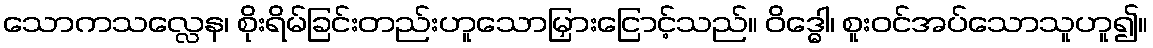
သောကသလ္လေန၊ စိုးရိမ်ခြင်းတည်းဟူသောမြှားငြောင့်သည်။ ဝိဒ္ဓေါ၊ စူးဝင်အပ်သောသူဟူ၍။